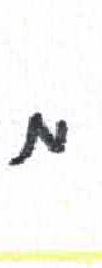
אות: מ